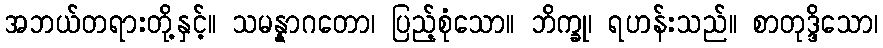
အဘယ်တရားတို့နှင့်။ သမန္နာဂတော၊ ပြည့်စုံသော။ ဘိက္ခု၊ ရဟန်းသည်။ စာတုဒ္ဒိသော၊